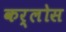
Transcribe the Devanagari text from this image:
कर्लोस